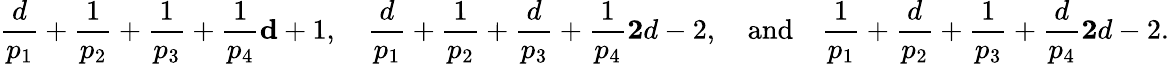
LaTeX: \frac{d}{p_{1}}+\frac{1}{p_{2}}+\frac{1}{p_{3}}+\frac{1}{p_{4}}\le d+1,\quad\frac{d}{p_{1}}+\frac{1}{p_{2}}+\frac{d}{p_{3}}+\frac{1}{p_{4}}\le 2d-2,\quad\mathrm{and}\quad\frac{1}{p_{1}}+\frac{d}{p_{2}}+\frac{1}{p_{3}}+\frac{d}{p_{4}}\le 2d-2.